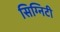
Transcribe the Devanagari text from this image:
सिग्निटी